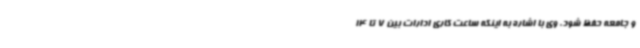
و جامعه حفظ شود. وی با اشاره به اینکه ساعت کاری ادارات بین 7 تا 14